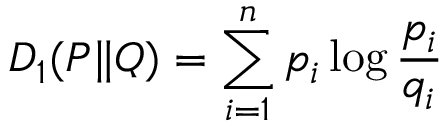
D _ { 1 } ( P \| Q ) = \sum _ { i = 1 } ^ { n } p _ { i } \log { \frac { p _ { i } } { q _ { i } } }